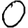
Digit: 0